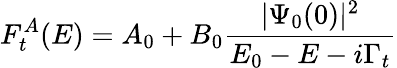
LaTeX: F_{t}^{A}(E)=A_{0}+B_{0}\frac{|\Psi_{0}(0)|^{2}}{E_{0}-E-i\Gamma_{t}}